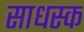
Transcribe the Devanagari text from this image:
साधस्क